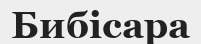
Бибісара